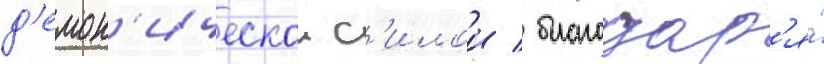
д'емон'ическои с'илои / благодар'я́